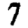
Digit: 7